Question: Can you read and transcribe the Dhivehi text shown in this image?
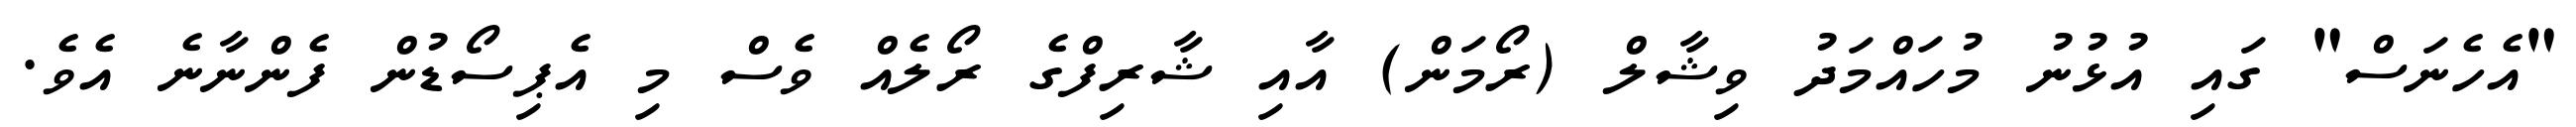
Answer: "އެހެނަސް" ގައި އުޅުނު މުހައްމަދު ވިޝާލް (ރޯމަން) އާއި ޝާރިފްގެ ރޯލެއް ވެސް މި އެޕިސޯޑުން ފެންނާނެ އެވެ.